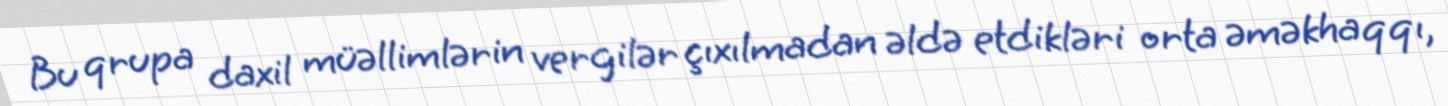
Bu qrupa daxil müəllimlərin vergilər çıxılmadan əldə etdikləri orta əməkhaqqı,